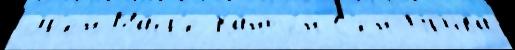
Эр'ен Маср'е Канто́н С'ен-Пр'ива